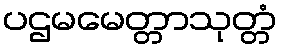
ပဌမမေတ္တာသုတ္တံ